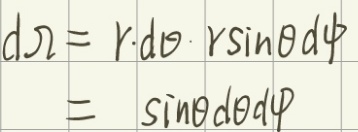
\[
\begin{align*}
d\Omega&=r\cdot d\theta\cdot r\sin\theta d\varphi\\
&=\sin\theta d\theta d\varphi
\end{align*}
\]